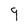
Character: 9